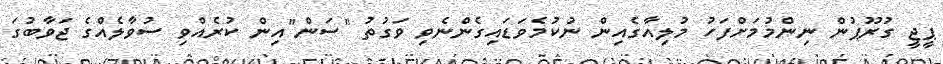
ޕީޖީ ގުރޫޕުން ނިންމުމަށްފަހު މުލިއާގެއިން ނުކުމެވަޑައިގެންނެވި ވަގުތު "ސަން"އިން ކުރެއްވި ސުވާލެއްގެ ޖަވާބުގަ